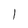
Character: 1